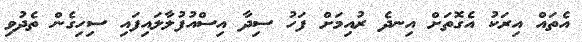
އެތައް އިރަކު އެގޮތަށް އިނދެ ރުއިމަށް ފަހު ސިދާ އިސްއުފުލާލައިފައި ސިހިގެން ތެދުވި